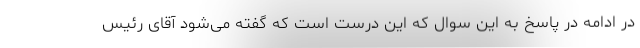
در ادامه در پاسخ به این سوال که این درست است که گفته می‌شود آقای رئیس